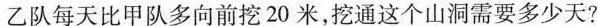
乙队每天比甲队多向前挖20米，挖通这个山洞需要多少天?